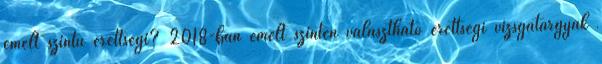
emelt szintű érettségi? 2018-ban emelt szinten választható érettségi vizsgatárgyak